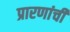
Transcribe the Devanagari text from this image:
प्रारणांची